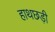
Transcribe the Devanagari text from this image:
हाथछड़ी